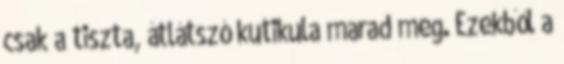
csak a tiszta, átlátszó kutikula marad meg. Ezekből a